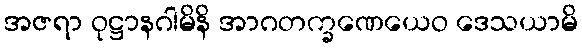
အဇရာ ဝုဋ္ဌာနဂါမိနိ အာဂတက္ခဏေယေဝ ဒေသယာမိ